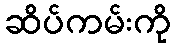
ဆိပ်ကမ်းကို